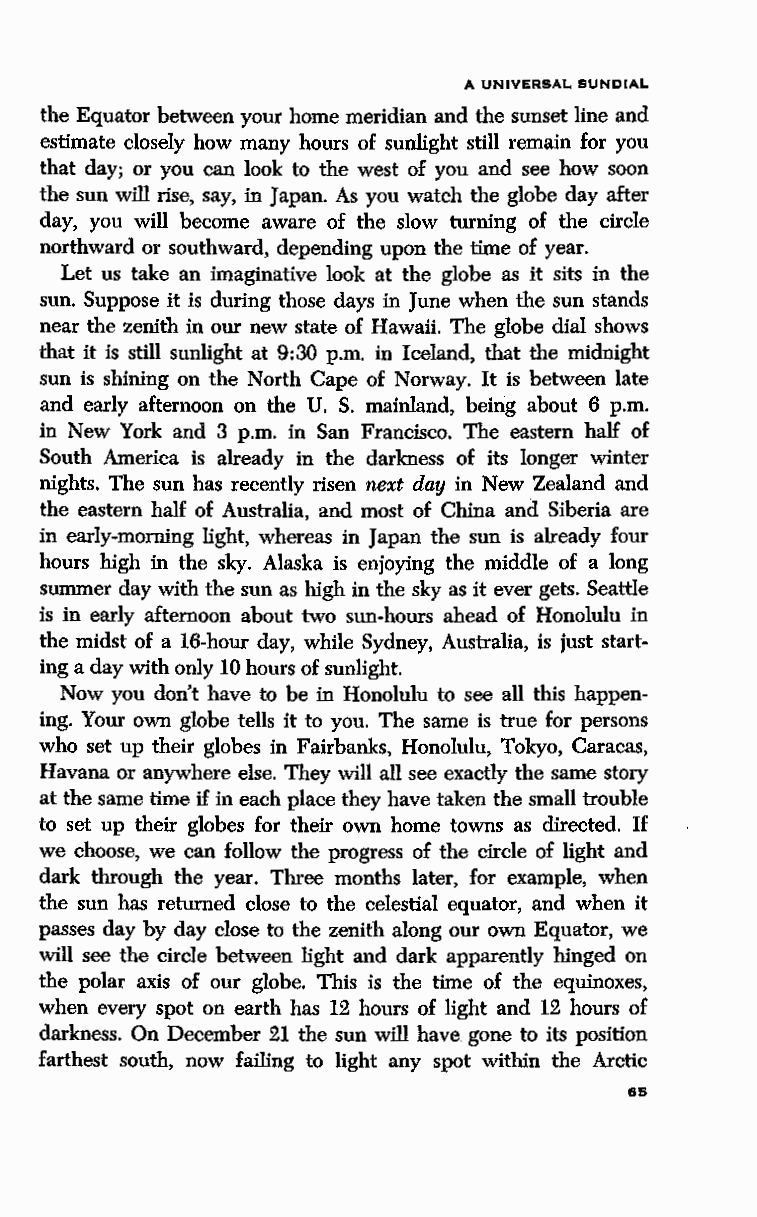
A UNIVERSAL SUNDIAL
 the Equator between your home meridian and the sunset line and
 estimate closely how many hours of sunlight still remain for you
 that day; or you can look to the west of you and see how soon
 the sun will rise, say, in Japan. As you watch the globe day after
 day, you will become aware of the slow turning of the circle
 northward or southward, depending upon the time of year.
 Let us take an imaginative look at the globe as it sits in the
 sun. Suppose it is during those days in June when the sun stands
 near the zenith in our new state of Hawaii. The globe dial shows
 that it is still sunlight at 9:30 p.m. in Iceland, that the midnight
 sun is shining on the North Cape of Norway. It is between late
 and early afternoon on the U. S. mainland, being about 6 p.m.
 in New York and 3 p.m. in San Francisco. The eastern half of
 South America is already in the darkness of its longer winter
 nights. The sun has recently risen next day in New Zealand and
 the eastern half of Australia, and most of China and Siberia are
 in early-morning light, whereas in Japan the sun is already four
 hours high in the sky. Alaska is enjoying the middle of a long
 summer day with the sun as high in the sky as it ever gets. Seattle
 is in early afternoon about two sun-hours ahead of Honolulu in
 the midst of a 16-hour day, while Sydney, Australia, is just start
 ing a day with only 10 hours of sunlight.
 Now you don't have to be in Honolulu to see all this happen
 ing. Your own globe tells it to you. The same is true for persons
 who set up their globes in Fairbanks, Honolulu, Tokyo, Caracas,
 Havana or anywhere else. They will all see exactly the same story
 at the same time if in each place they have taken the small trouble
 to set up their globes for their own home towns as directed. If
 we choose, we can follow the progress of the circle of light and
 dark through the year. Three months later, for example, when
 the sun has returned close to the celestial equator, and when it
 passes day by day close to the zenith along our own Equator, we
 will see the circle between light and dark apparently hinged on
 the polar axis of our globe. This is the time of the equinoxes,
 when every spot on earth has 12 hours of light and 12 hours of
 darkness. On December 21 the sun will have gone to its position
 farthest south, now failing to light any spot within the Arctic
 65